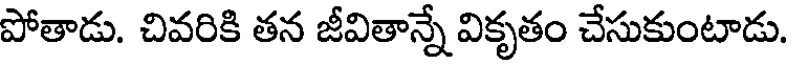
పోతాడు. చివరికి తన జీవితాన్నే వికృతం చేసుకుంటాడు.